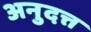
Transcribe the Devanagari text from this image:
अनुदत्त